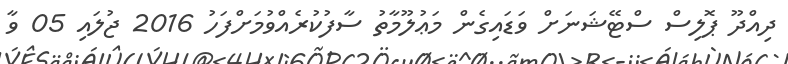
ދިއްދޫ ޕޮލިސް ސްޓޭޝަނަށް ވަޑައިގެން މަޢުލޫމާތު ސާފުކުރެއްވުމަށްފަހު 2016 ޖުލައި 05 ވާ